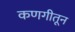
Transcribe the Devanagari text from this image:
कणगीतून